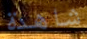
شاهدة